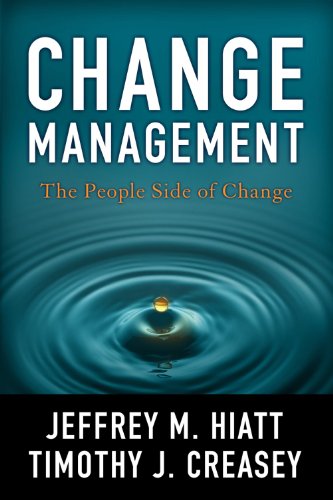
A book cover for Change Management: The People Side of Change; Jeffrey Hiatt; Business & Money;